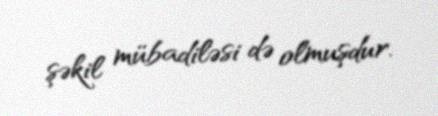
şəkil mübadiləsi də olmuşdur.